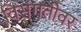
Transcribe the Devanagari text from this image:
विसंगतीवर